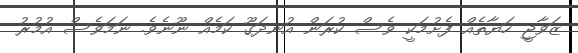
ޒަވާޖީ ހަޔާތެއް ފެށުމަކީ ވެސް ކުރަން އުނދަގޫ ކަމެއް ނޫނެވެ. ނަމަވެސް އުމުރު